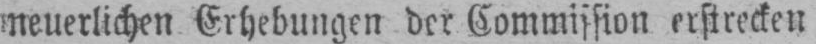
neuerlichen Erhebungen der Commission erstrecken